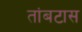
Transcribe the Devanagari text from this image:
तांबटास